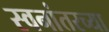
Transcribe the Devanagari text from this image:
स्वनांतरच्या